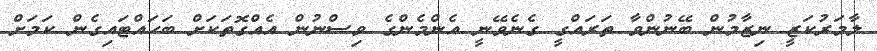
ލާމަރުކަޒީ ނިޒާމުން ބޭނުންވާ ތަރައްގީ ގެނެވޭނީ އެންމެންގެ ވިސްނުން އެއްގޮތަކަށް ބަހައްޓައިގެން ކަމަށް